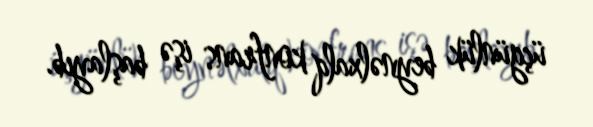
üçgünlük beynəlxalq konfrans işə başlayıb.